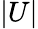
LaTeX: |U|